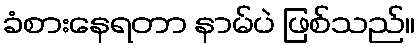
ခံစားနေရတာ နာမ်ပဲ ဖြစ်သည်။